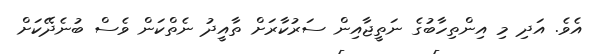
އެވެ. އަދި މި އިންތިހާބުގެ ނަތީޖާއިން ސަރުކާރަށް ތާއީދު ނެތްކަން ވެސް ބުނެދޭކަށް